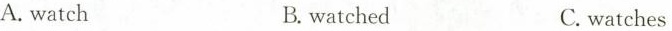
A.watch B.watched C.watches